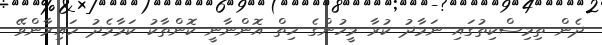
ދެން ތިމިސްކިތުގައި ނަމާދު ކުރާ މީހުންގެ ހިތް އޮންނާނީ ކޮންތާކު ކަމާމެދު ހައިރާންވޭ